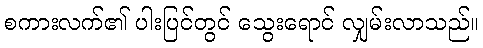
စကားလက်၏ ပါးပြင်တွင် သွေးရောင် လျှမ်းလာသည်။